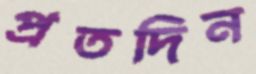
প্রতদিন